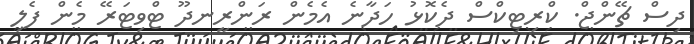
ދިސް ޗޭންޖް. ކްރިޓިކްސް ދެކޮޅު ހަދާނެ އެމެން ރަންރީނދޫ ޓްވިޓަރޭ މެން ފެލި